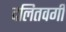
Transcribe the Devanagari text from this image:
दलितवर्गी